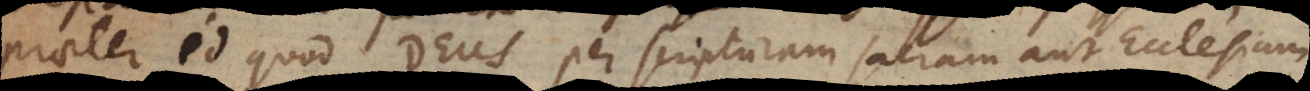
praeter id quod Deus per Scripturam Sacram aut Ecclesiam